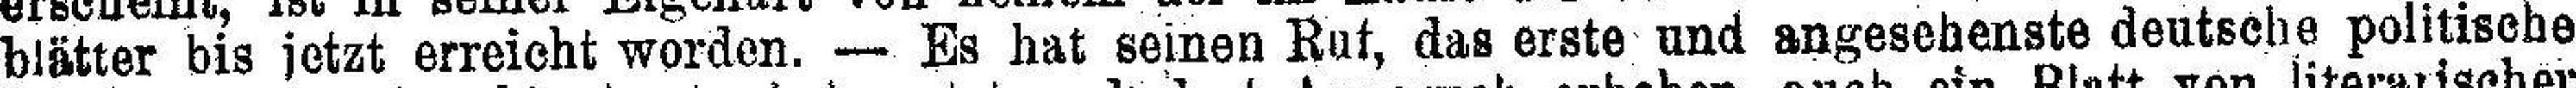
blätter bis jetzt erreicht worden. — Es hat seinen Ruf, das erste und angesehenste deutsche politische